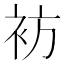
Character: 𫋳